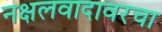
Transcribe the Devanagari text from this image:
नक्षलवादावरचा